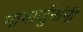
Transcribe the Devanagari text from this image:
नागार्जुनांनी